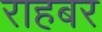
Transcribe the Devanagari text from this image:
राहबर